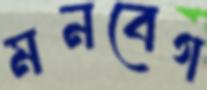
মনবেগ